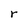
Character: r